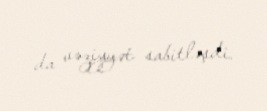
da vəziyyət sabitləşdi.